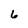
Character: 6